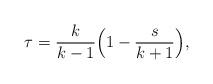
LaTeX: \begin{align*}\tau = \frac{k}{k-1} \Big( 1 - \frac{s}{k+1} \Big),\end{align*}